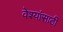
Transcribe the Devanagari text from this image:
वेश्यांसाठी